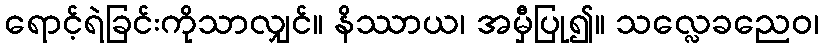
ရောင့်ရဲခြင်းကိုသာလျှင်။ နိဿာယ၊ အမှီပြု၍။ သလ္လေခညေဝ၊